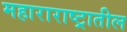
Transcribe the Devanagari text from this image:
महाराराष्ट्रातील